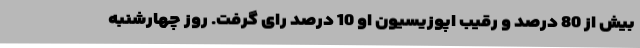
بیش از 80 درصد و رقیب اپوزیسیون او 10 درصد رای گرفت. روز چهارشنبه